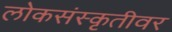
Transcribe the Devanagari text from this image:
लोकसंस्कृतीवर